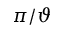
\pi / \vartheta